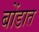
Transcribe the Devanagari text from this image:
बोंडात